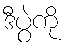
ဒီပွဲကို